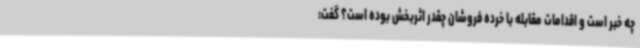
چه خبر است و اقدامات مقابله با خرده فروشان چقدر اثربخش بوده است؟ گفت: